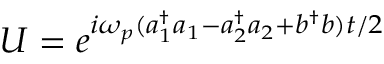
U = e ^ { i \omega _ { p } ( a _ { 1 } ^ { \dagger } a _ { 1 } - a _ { 2 } ^ { \dagger } a _ { 2 } + b ^ { \dagger } b ) t / 2 }